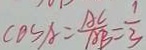
\cos A = \frac { A C } { A B } = \frac { 1 } { 3 }